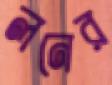
লনের